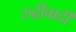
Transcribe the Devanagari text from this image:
रुढ़ीवादी